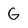
Character: G